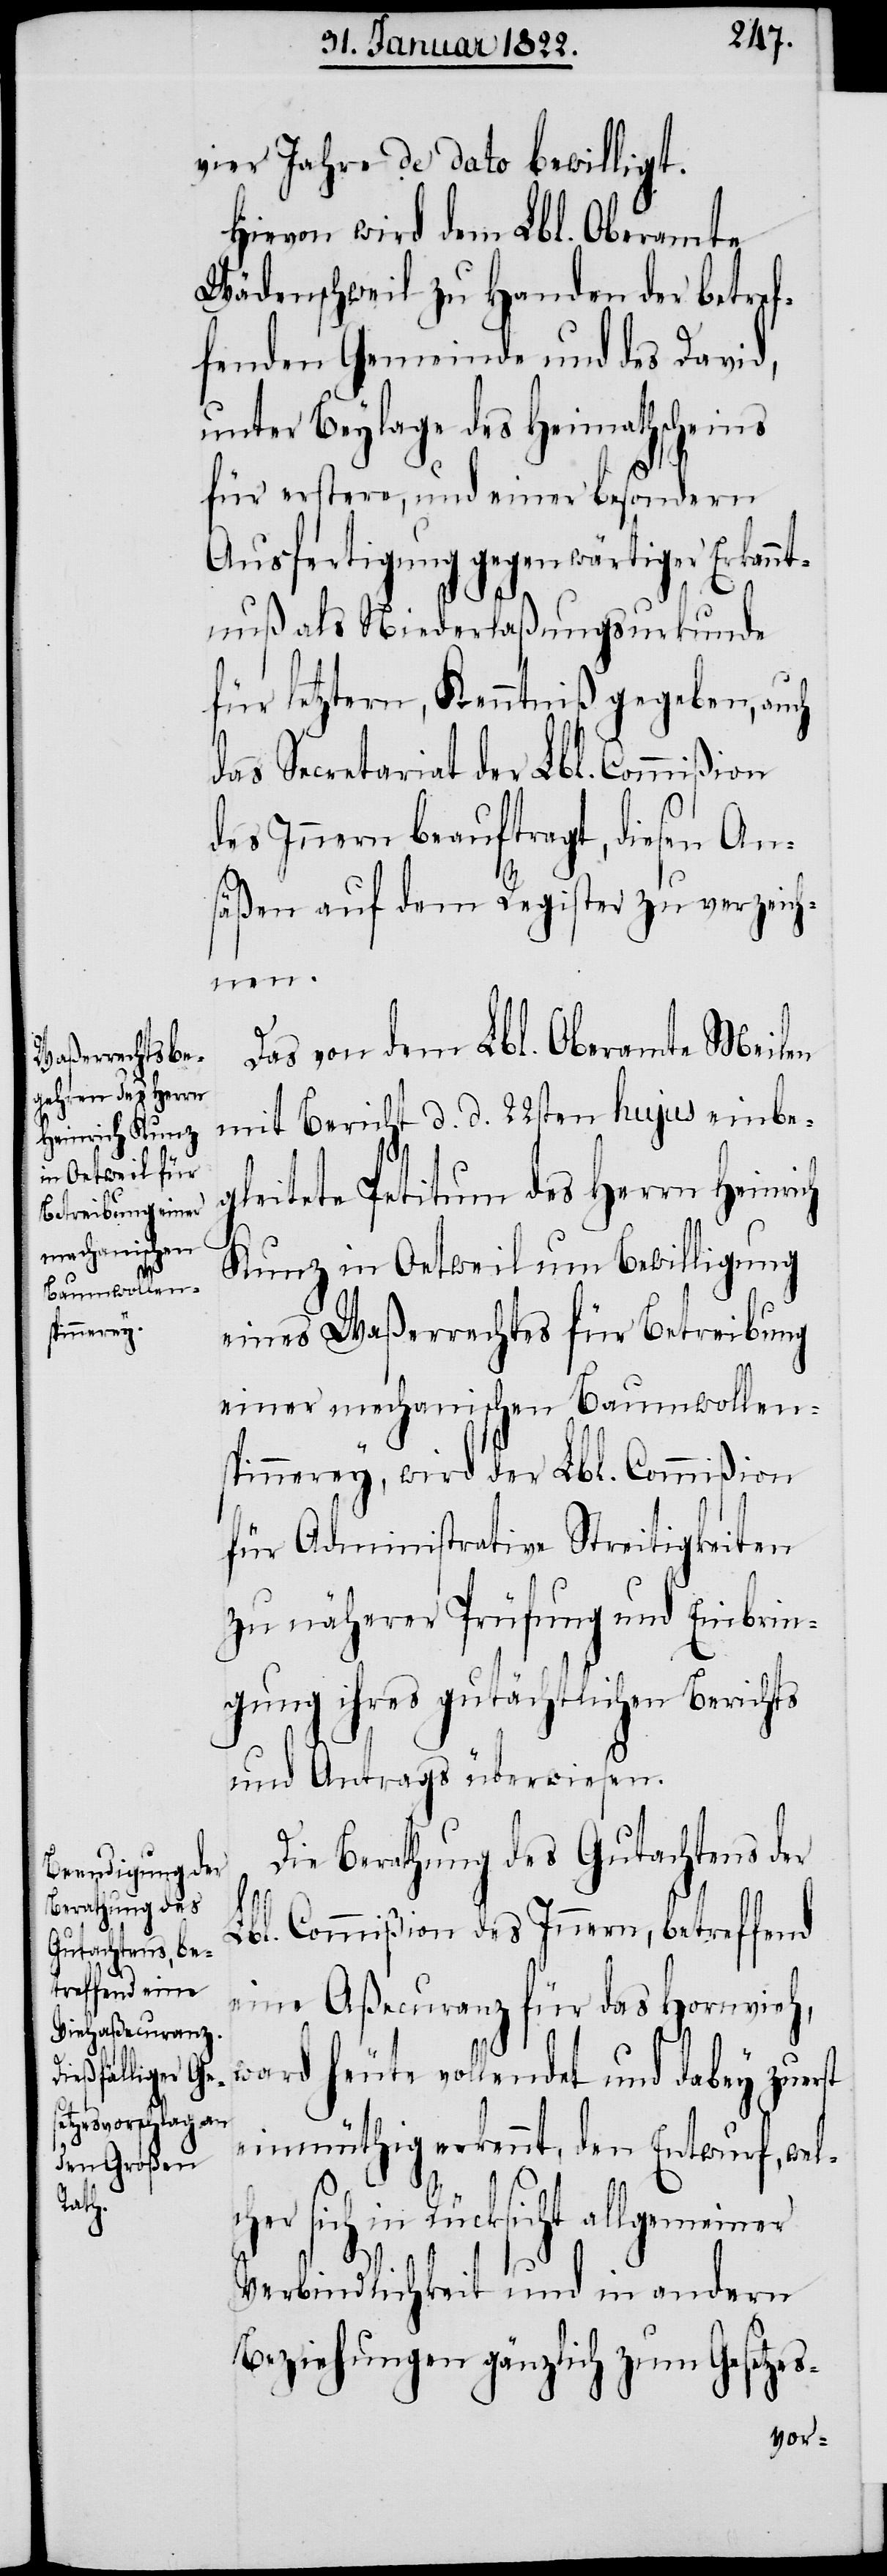
vier Jahre de dato bewilligt.
Hievon wird dem Lbl. Oberamte
Wädenschweil zu Handen der betref¬
fenden Gemeinde und des David,
unter Beylage des Heimathscheins
für erstere, und einer besondern
Ausfertigung gegenwärtiger Erkannt¬
nuß als Niederlaßungsurkunde
für letztern, Kenntniß gegeben, auch
das Secretariat der Lbl. Commißion
des Innern beauftragt, diesen An¬
säßen auf dem Register zu verzeich¬
nen.
Das von dem Lbl. Oberamte Meilen
mit Bericht d. d. 22sten hujus einbe¬
gleitete Petitum des Herrn Heinrich
Kunz in Oetweil um Bewilligung
eines Waßerrechtes für Betreibung
einer mechanischen Baumwollen¬
spinnerey, wird der Lbl. Commißion
für Administrative Streitigkeiten
zu näherer Prüfung und Einbrin¬
gung ihres gutächtlichen Berichts
und Antrags überwiesen.
Die Berathung des Gutachtens der
Lbl. Commißion des Innern, betreffend
eine Aßecuranz für das Hornvieh,
ward heute vollendet und dabey zuer¬
einmüthig erkennt, den Entwurf, wel¬
cher sich in Rücksicht allgemeiner
st
Verbindlichkeit und in andern
Beziehungen gänzlich zum Gesetzes-